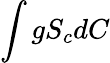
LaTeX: \int gS_{c}dC